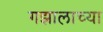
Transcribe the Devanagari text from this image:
गझालाच्या